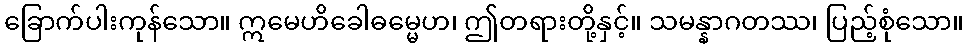
ခြောက်ပါးကုန်သော။ ဣမေဟိခေါဓမ္မေဟ၊ ဤတရားတို့နှင့်။ သမန္နာဂတဿ၊ ပြည့်စုံသော။